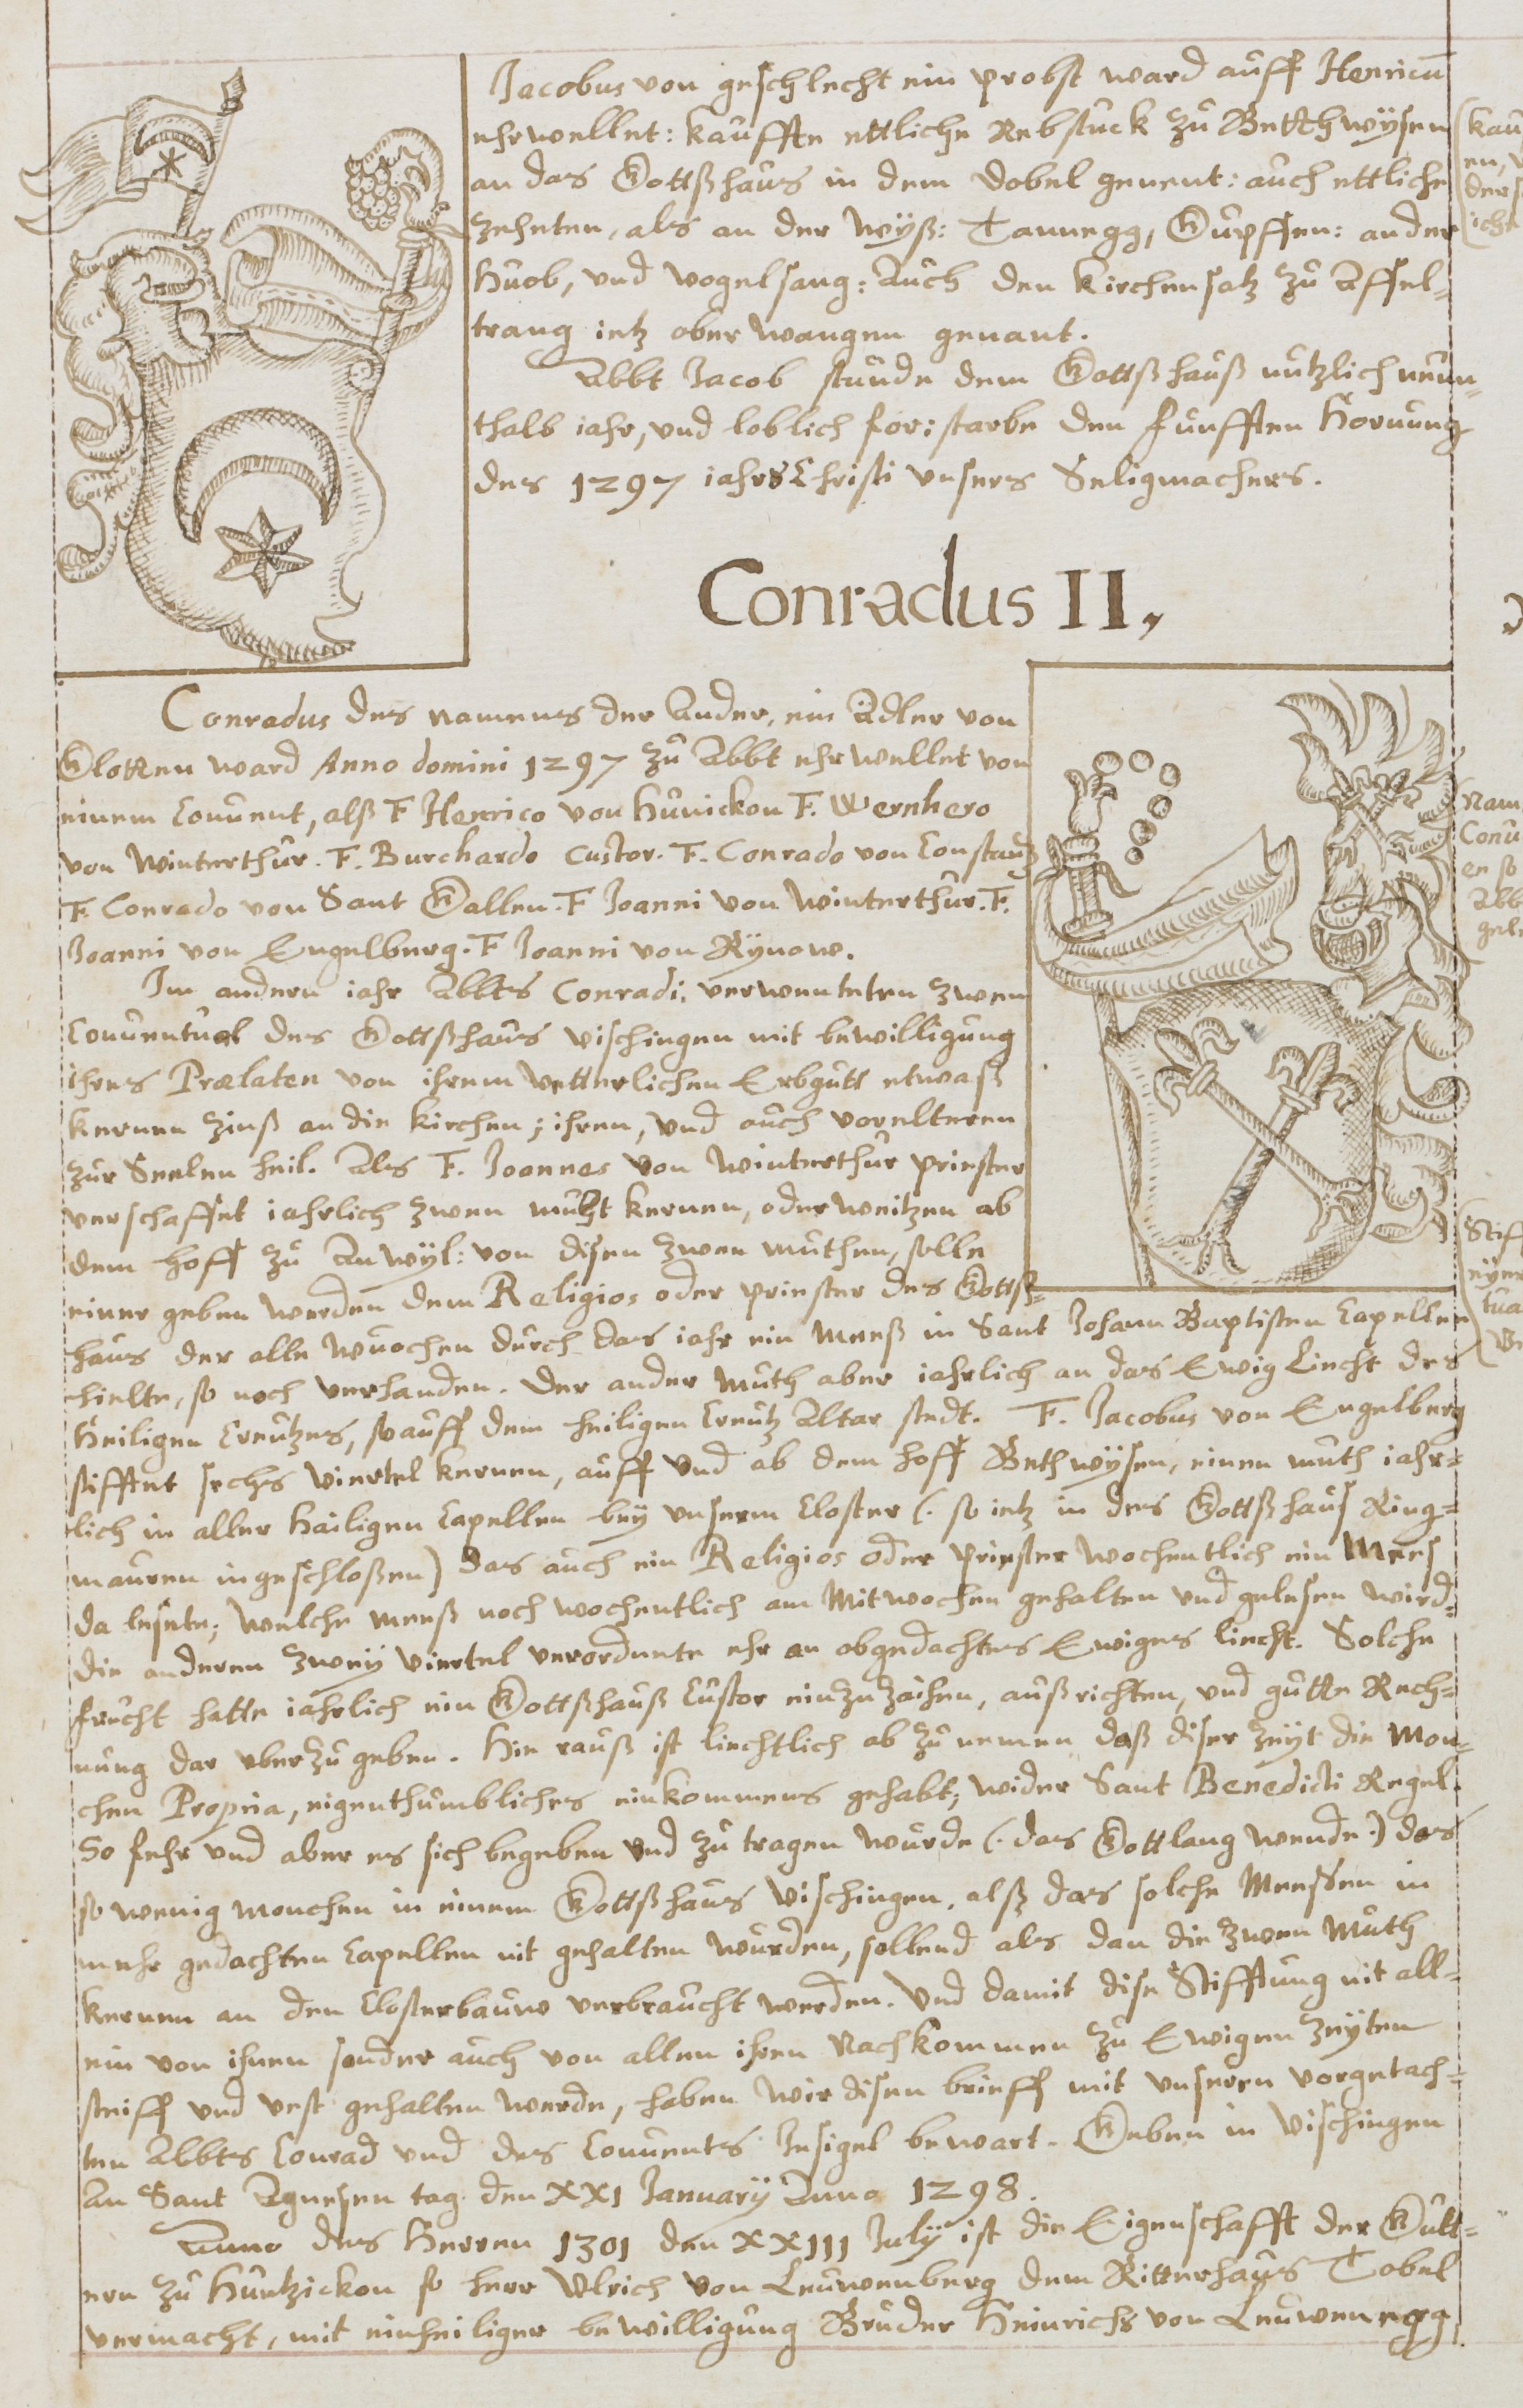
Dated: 1619–1649